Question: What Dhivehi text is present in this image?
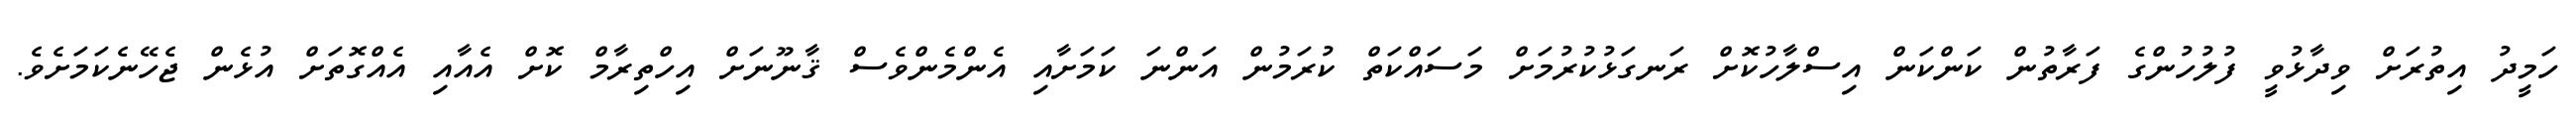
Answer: ހަމީދު އިތުރަށް ވިދާޅުވީ ފުލުހުންގެ ފަރާތުން ކަންކަން އިސްލާހުކޮށް ރަނގަޅުކުރުމަށް މަސައްކަތް ކުރަމުން އަންނަ ކަމަށާއި އެންމެންވެސް ޤާނޫނަށް އިހްތިރާމް ކޮށް އެއާއި އެއްގޮތަށް އުޅެން ޖެހޭނެކަމަށެވެ.